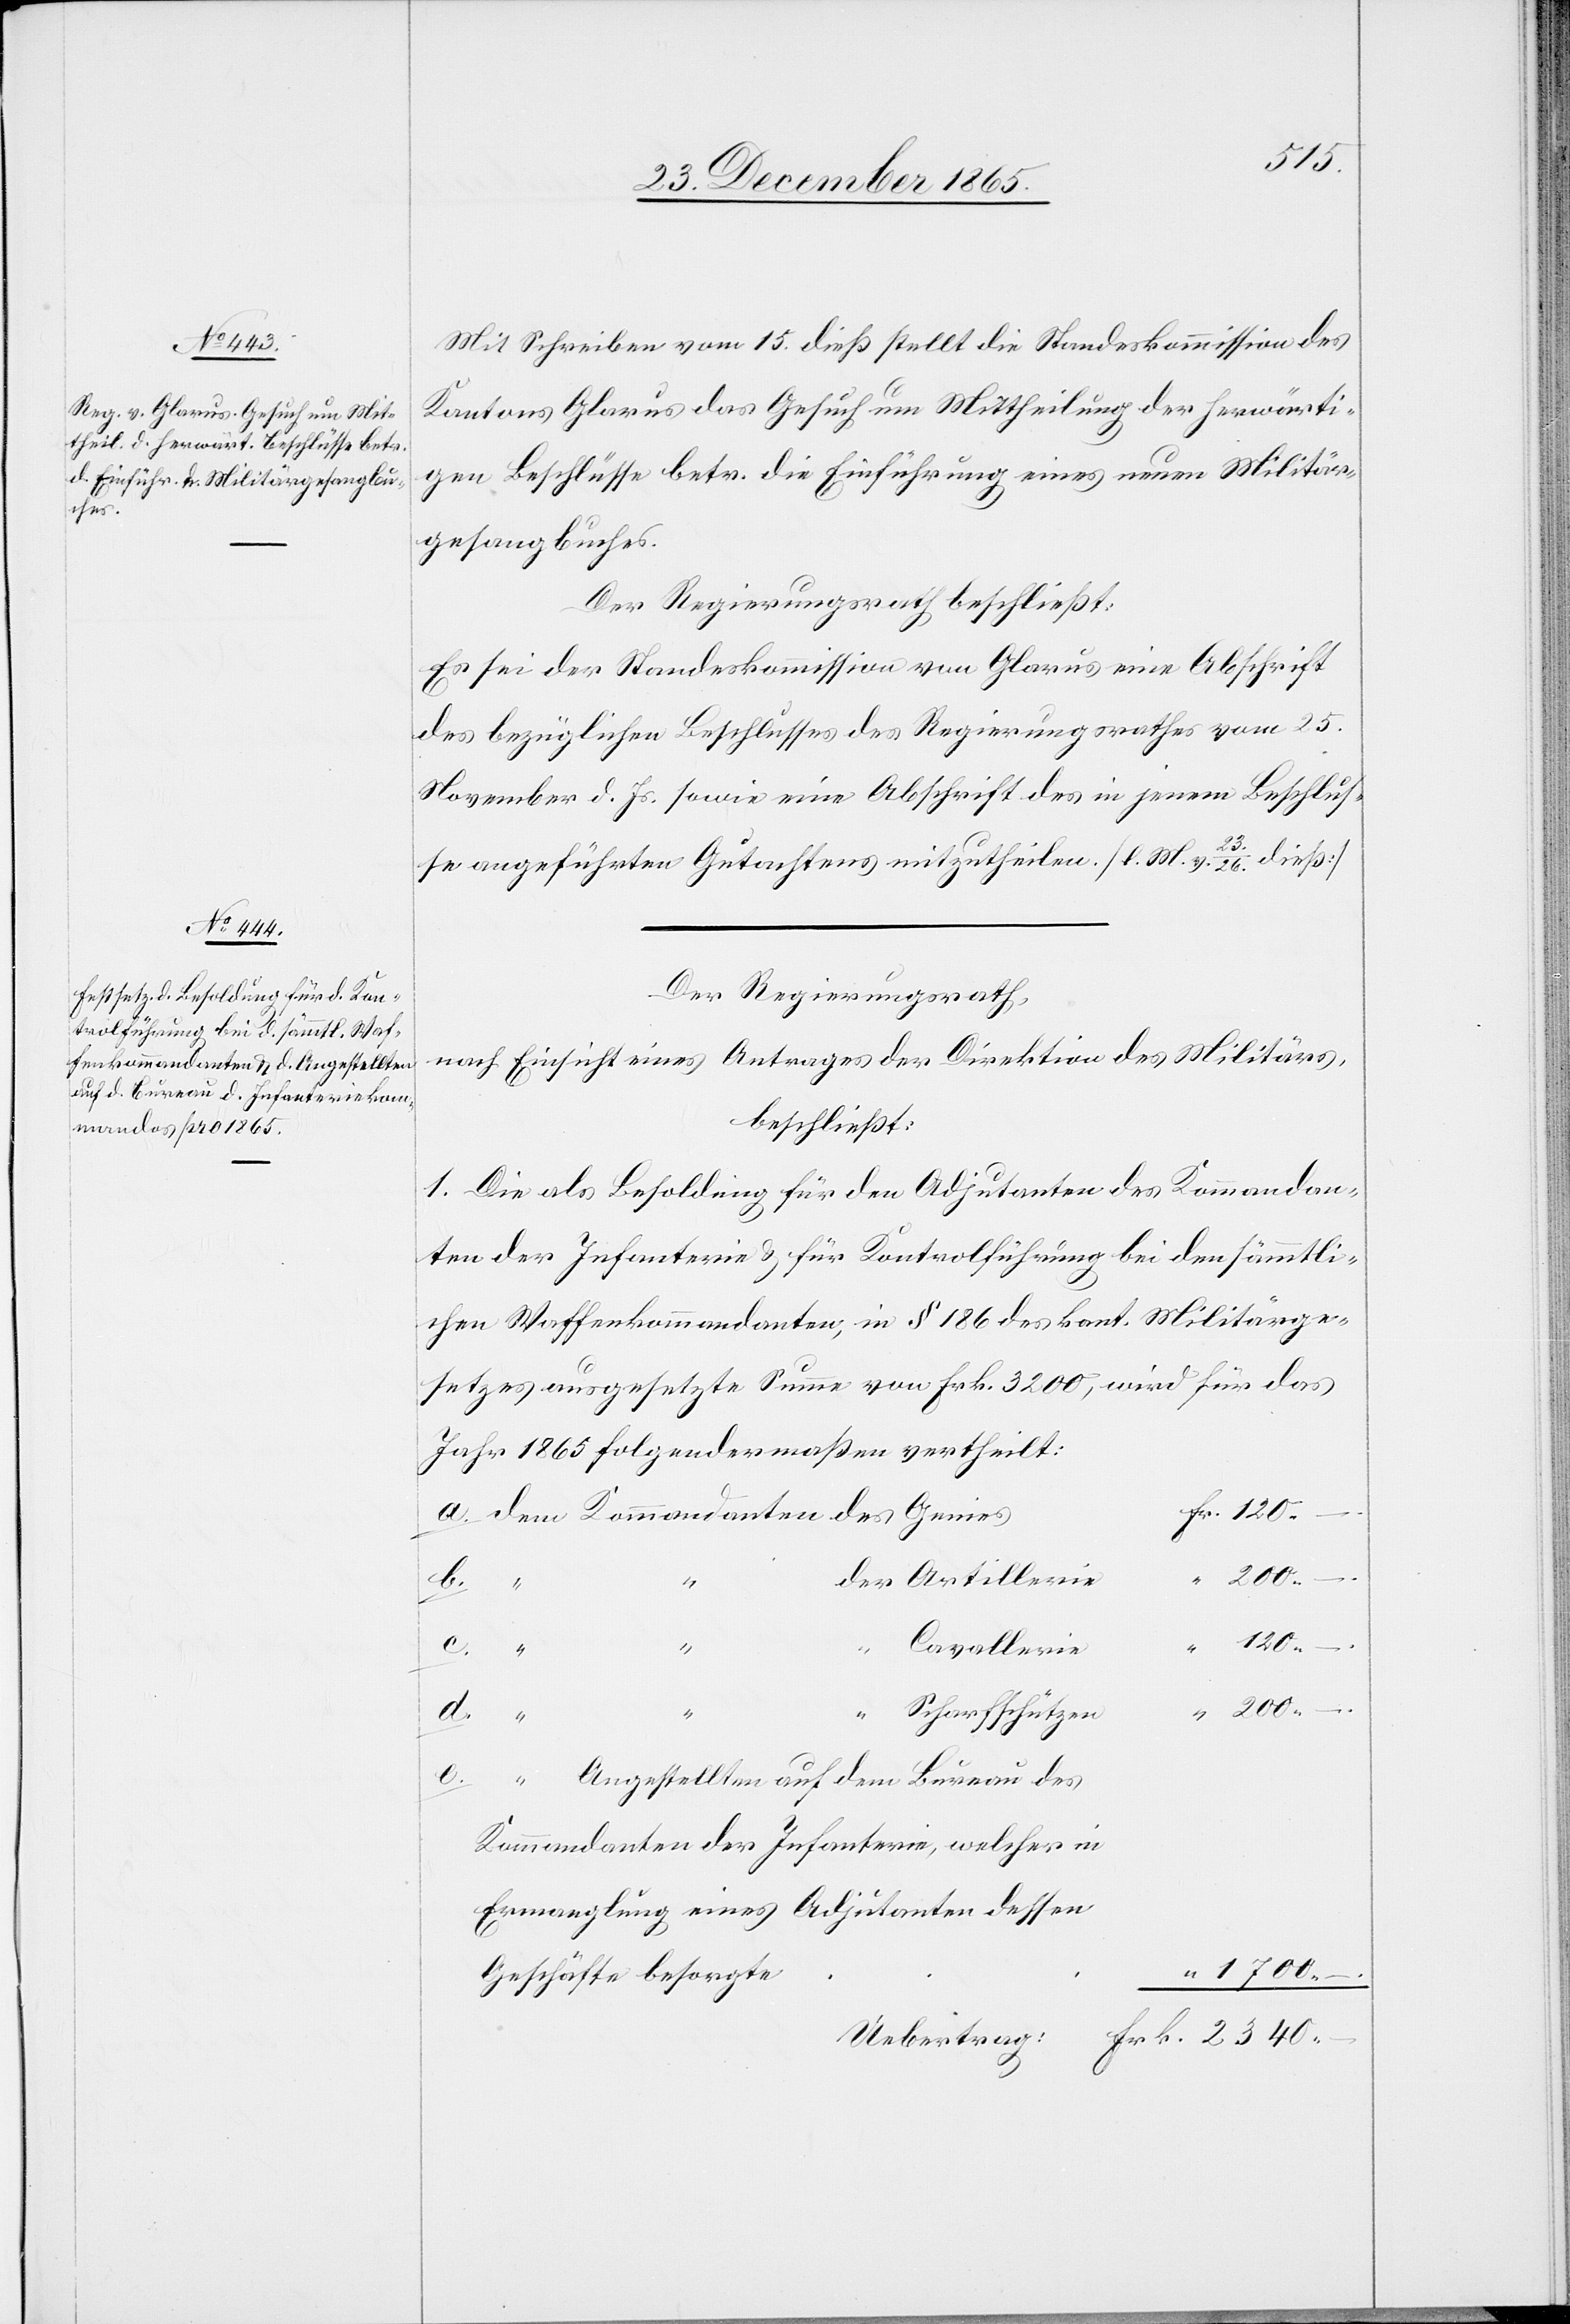
Mit Schreiben vom 15. dieß stellt die Standeskommission des
Kantons Glarus das Gesuch um Mittheilung der herwärti¬
gen Beschlüsse betr. die Einführung eines neuen Militär¬
gesangbuches.
Der Regierungsrath beschließt:
Es sei der Standeskommission von Glarus eine Abschrift
des bezüglichen Beschlusses des Regierungsrathes vom 25.
November d. Js. sowie eine Abschrift des in jenem Beschlus¬
se angeführten Gutachtens mitzutheilen. [l. M. v. 23./26. dieß]
Der Regierungsrath,
nach Einsicht eines Antrages der Direktion des Militärs,
beschließt:
1. Die als Besoldung für den Adjutanten des Kommandan¬
ten der Infanterie & für Kontrolführung bei den sämmtli¬
chen Waffenkommandanten, in § 186 des kant. Militärge¬
setzes ausgesetzte Summe von Frk. 3200, wird für das
Jahr 1865 folgendermaßen vertheilt:
b.
“
lerie
“
200.–
e.
“
Cavallerie
a.
Scharfschützen
Angestellten auf dem Bureau des
Kommandanten
Kommandanten der Infanterie, welcher in
Ermangelung eines Adjutanten dessen
1700.–
Geschäfte besorgte.